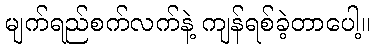
မျက်ရည်စက်လက်နဲ့ ကျန်ရစ်ခဲ့တာပေါ့။